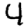
Digit: 4